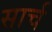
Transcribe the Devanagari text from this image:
सार्च